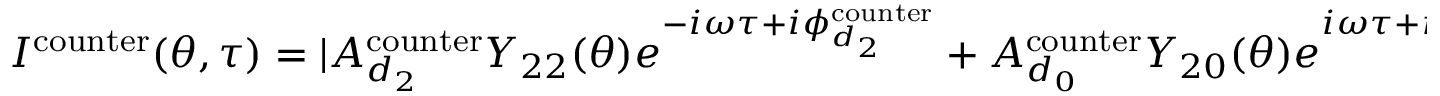
\begin{array} { r } { I ^ { \mathrm { { c o u n t e r } } } ( \theta , \tau ) = | A _ { d _ { 2 } } ^ { \mathrm { { c o u n t e r } } } Y _ { 2 2 } ( \theta ) e ^ { - i \omega \tau + i \phi _ { d _ { 2 } } ^ { \mathrm { { c o u n t e r } } } } + A _ { d _ { 0 } } ^ { \mathrm { { c o u n t e r } } } Y _ { 2 0 } ( \theta ) e ^ { i \omega \tau + i \phi _ { d _ { 0 } } ^ { \mathrm { { c o u n t e r } } } } + A _ { s } ^ { \mathrm { { c o u n t e r } } } Y _ { 0 0 } ( \theta ) e ^ { i \omega \tau + i \phi _ { s } ^ { \mathrm { { c o u n t e r } } } } | ^ { 2 } } \end{array}